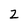
Character: Z